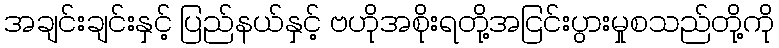
အချင်းချင်းနှင့် ပြည်နယ်နှင့် ဗဟိုအစိုးရတို့အငြင်းပွားမှုစသည်တို့ကို